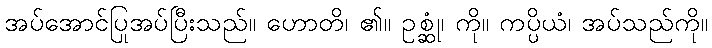
အပ်အောင်ပြုအပ်ပြီးသည်။ ဟောတိ၊ ၏။ ဥစ္ဆုံ၊ ကို။ ကပ္ပိယံ၊ အပ်သည်ကို။